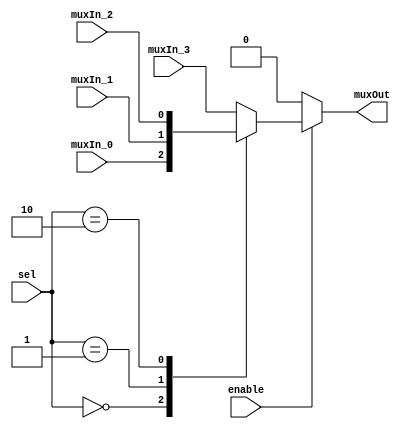
/******************************************************************************
 ** Logisim-evolution goes FPGA automatic generated Verilog code             **
 ** https://github.com/logisim-evolution/                                    **
 **                                                                          **
 ** Component : Multiplexer_bus_4                                            **
 **                                                                          **
 *****************************************************************************/

module Multiplexer_bus_4( enable,
                          muxIn_0,
                          muxIn_1,
                          muxIn_2,
                          muxIn_3,
                          muxOut,
                          sel );

   /*******************************************************************************
   ** Here all module parameters are defined with a dummy value                  **
   *******************************************************************************/
   parameter nrOfBits = 1;

   /*******************************************************************************
   ** The inputs are defined here                                                **
   *******************************************************************************/
   input                enable;
   input [nrOfBits-1:0] muxIn_0;
   input [nrOfBits-1:0] muxIn_1;
   input [nrOfBits-1:0] muxIn_2;
   input [nrOfBits-1:0] muxIn_3;
   input [1:0]          sel;

   /*******************************************************************************
   ** The outputs are defined here                                               **
   *******************************************************************************/
   output [nrOfBits-1:0] muxOut;

   /*******************************************************************************
   ** The module functionality is described here                                 **
   *******************************************************************************/
   reg [nrOfBits:0] s_selected_vector;
   assign muxOut = s_selected_vector;

   always @(*)
   begin
      if (~enable) s_selected_vector <= 0;
      else case (sel)
         2'b00:
            s_selected_vector <= muxIn_0;
         2'b01:
            s_selected_vector <= muxIn_1;
         2'b10:
            s_selected_vector <= muxIn_2;
        default:
           s_selected_vector <= muxIn_3;
      endcase
   end

endmodule